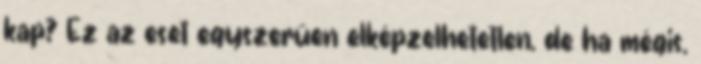
kap? Ez az eset egyszerűen elképzelhetetlen, de ha mégis,